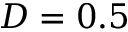
D = 0 . 5